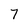
Character: 7